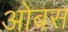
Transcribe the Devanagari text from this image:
ओबस